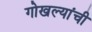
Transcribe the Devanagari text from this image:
गोखल्यांची